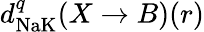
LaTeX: d_{\textrm{NaK}}^{q}(X\to B)(r)